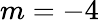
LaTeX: m=-4